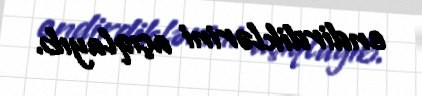
endirdiklərini açıqlayıb.